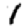
Digit: 1